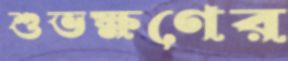
শুভক্ষণের